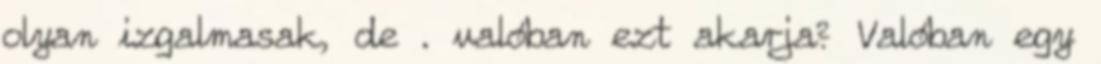
olyan izgalmasak, de . valóban ezt akarja? Valóban egy